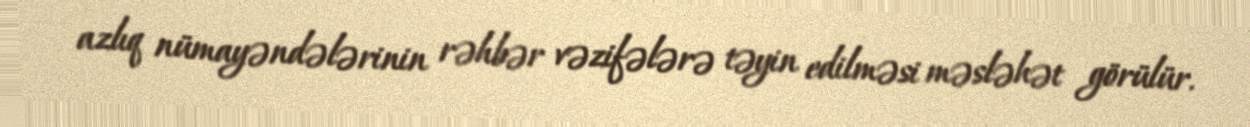
azlıq nümayəndələrinin rəhbər vəzifələrə təyin edilməsi məsləhət görülür.